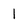
Character: 1